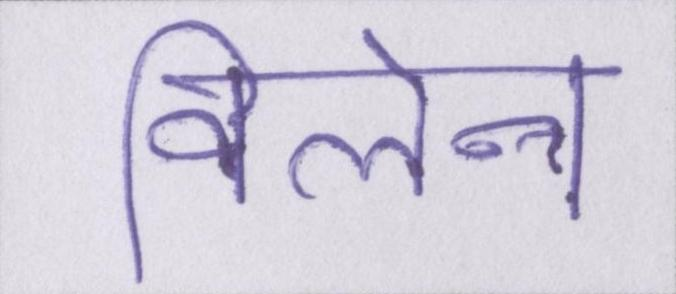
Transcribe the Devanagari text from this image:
विलेन